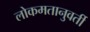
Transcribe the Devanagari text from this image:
लोकमतानुवर्ती